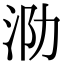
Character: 泐